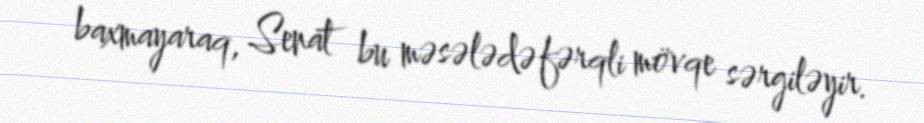
baxmayaraq, Senat bu məsələdə fərqli mövqe sərgiləyir.